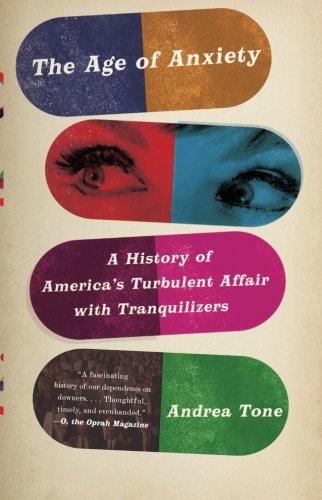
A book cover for The Age of Anxiety: A History of America's Turbulent Affair with Tranquilizers; Andrea Tone; Medical Books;